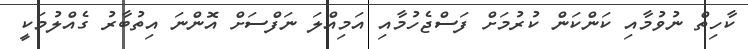
ކާހިތް ނުވުމާއި ކަންކަން ކުރުމަށް ފަސްޖެހުމާއި އަމިއްލަ ނަފްސަށް އޮންނަ އިތުބާރު ގެއްލުމަކީ